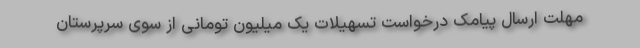
مهلت ارسال پیامک درخواست تسهیلات یک میلیون تومانی از سوی سرپرستان